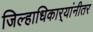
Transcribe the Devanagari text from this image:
जिल्हाधिकार्‍यांनीतर